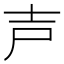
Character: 𡔜